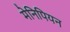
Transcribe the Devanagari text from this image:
मेनिपियन